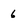
Character: 6